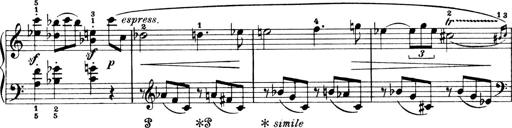
Title: 4 Sonatines
Composer: Max Reger